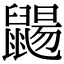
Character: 𪕫